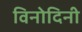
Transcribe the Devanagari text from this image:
विनोदिनी